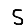
Digit: 5